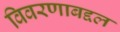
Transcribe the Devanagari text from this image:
विवरणाबद्दल